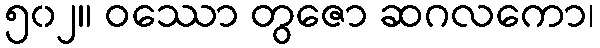
၅၀၂။ ဝဿော တွဇော ဆဂလကော၊